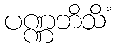
ပဏ္ဏဘိသိံ